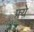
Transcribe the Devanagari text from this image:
फ्र्ये